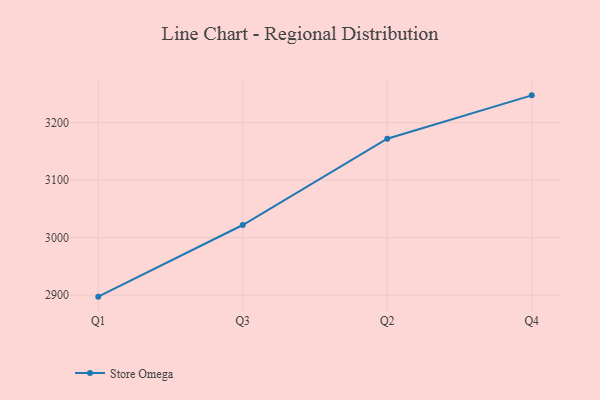
{"axis": {"x": "Quarter", "y": "Conversion Rate (%)"}, "legend": ["Store Omega"], "data": [{"x": "Q1", "y": 2897.4, "type": "Store Omega"}, {"x": "Q3", "y": 3021.9, "type": "Store Omega"}, {"x": "Q2", "y": 3171.9, "type": "Store Omega"}, {"x": "Q4", "y": 3247.2, "type": "Store Omega"}]}